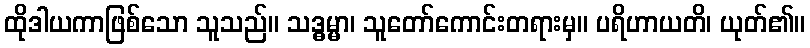
ထိုဒါယကာဖြစ်သော သူသည်။ သဒ္ဓမ္မာ၊ သူတော်ကောင်းတရားမှ။ ပရိဟာယတိ၊ ယုတ်၏။